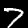
Label: 7